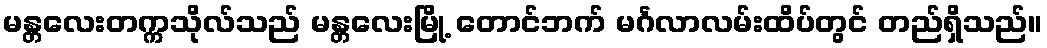
မန္တလေးတက္ကသိုလ်သည် မန္တလေးမြို့ တောင်ဘက် မင်္ဂလာလမ်းထိပ်တွင် တည်ရှိသည်။